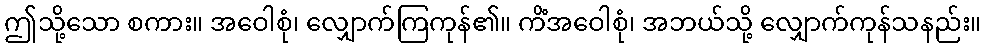
ဤသို့သော စကား။ အဝေါစုံ၊ လျှောက်ကြကုန်၏။ ကိံအဝေါစုံ၊ အဘယ်သို့ လျှောက်ကုန်သနည်း။